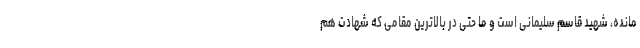
مانده، شهید قاسم سلیمانی است و ما حتی در بالاترین مقامی که شهادت هم